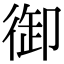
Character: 御